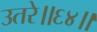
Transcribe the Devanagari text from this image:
उतरे॥६४॥